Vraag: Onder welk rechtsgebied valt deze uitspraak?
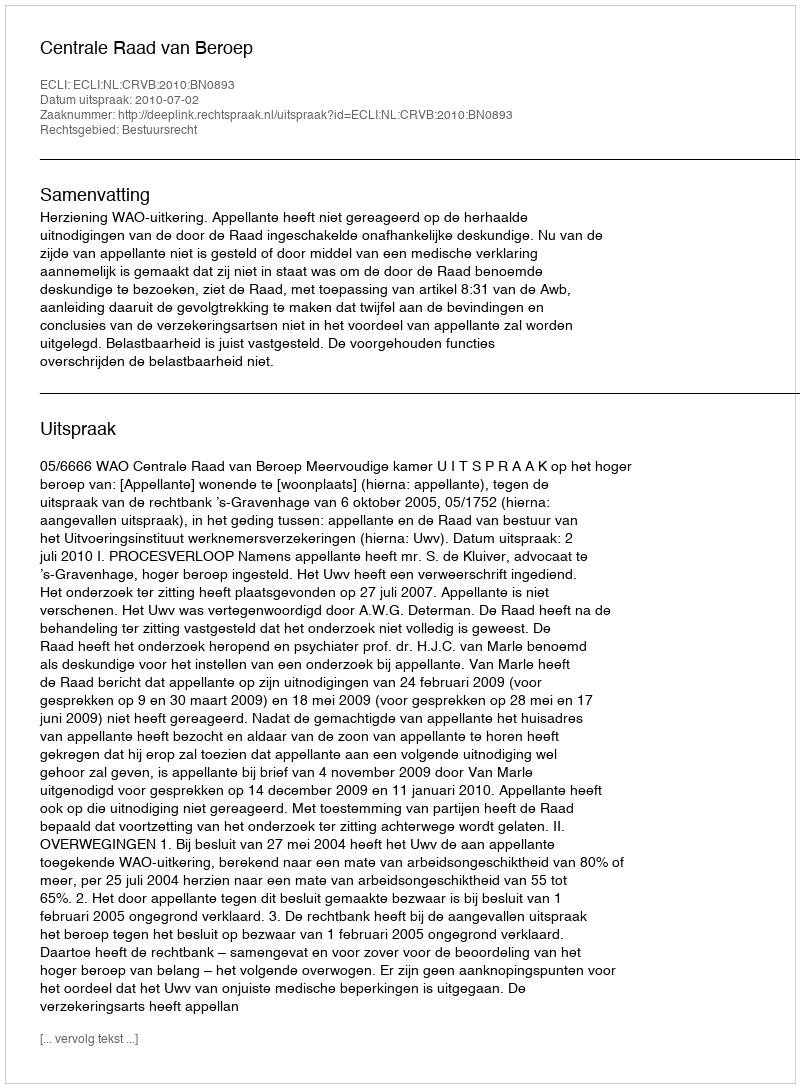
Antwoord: Bestuursrecht